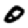
Digit: 0